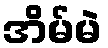
အိမ်မဲ